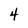
Character: 4